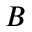
B